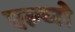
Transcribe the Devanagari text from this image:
एल्य्से